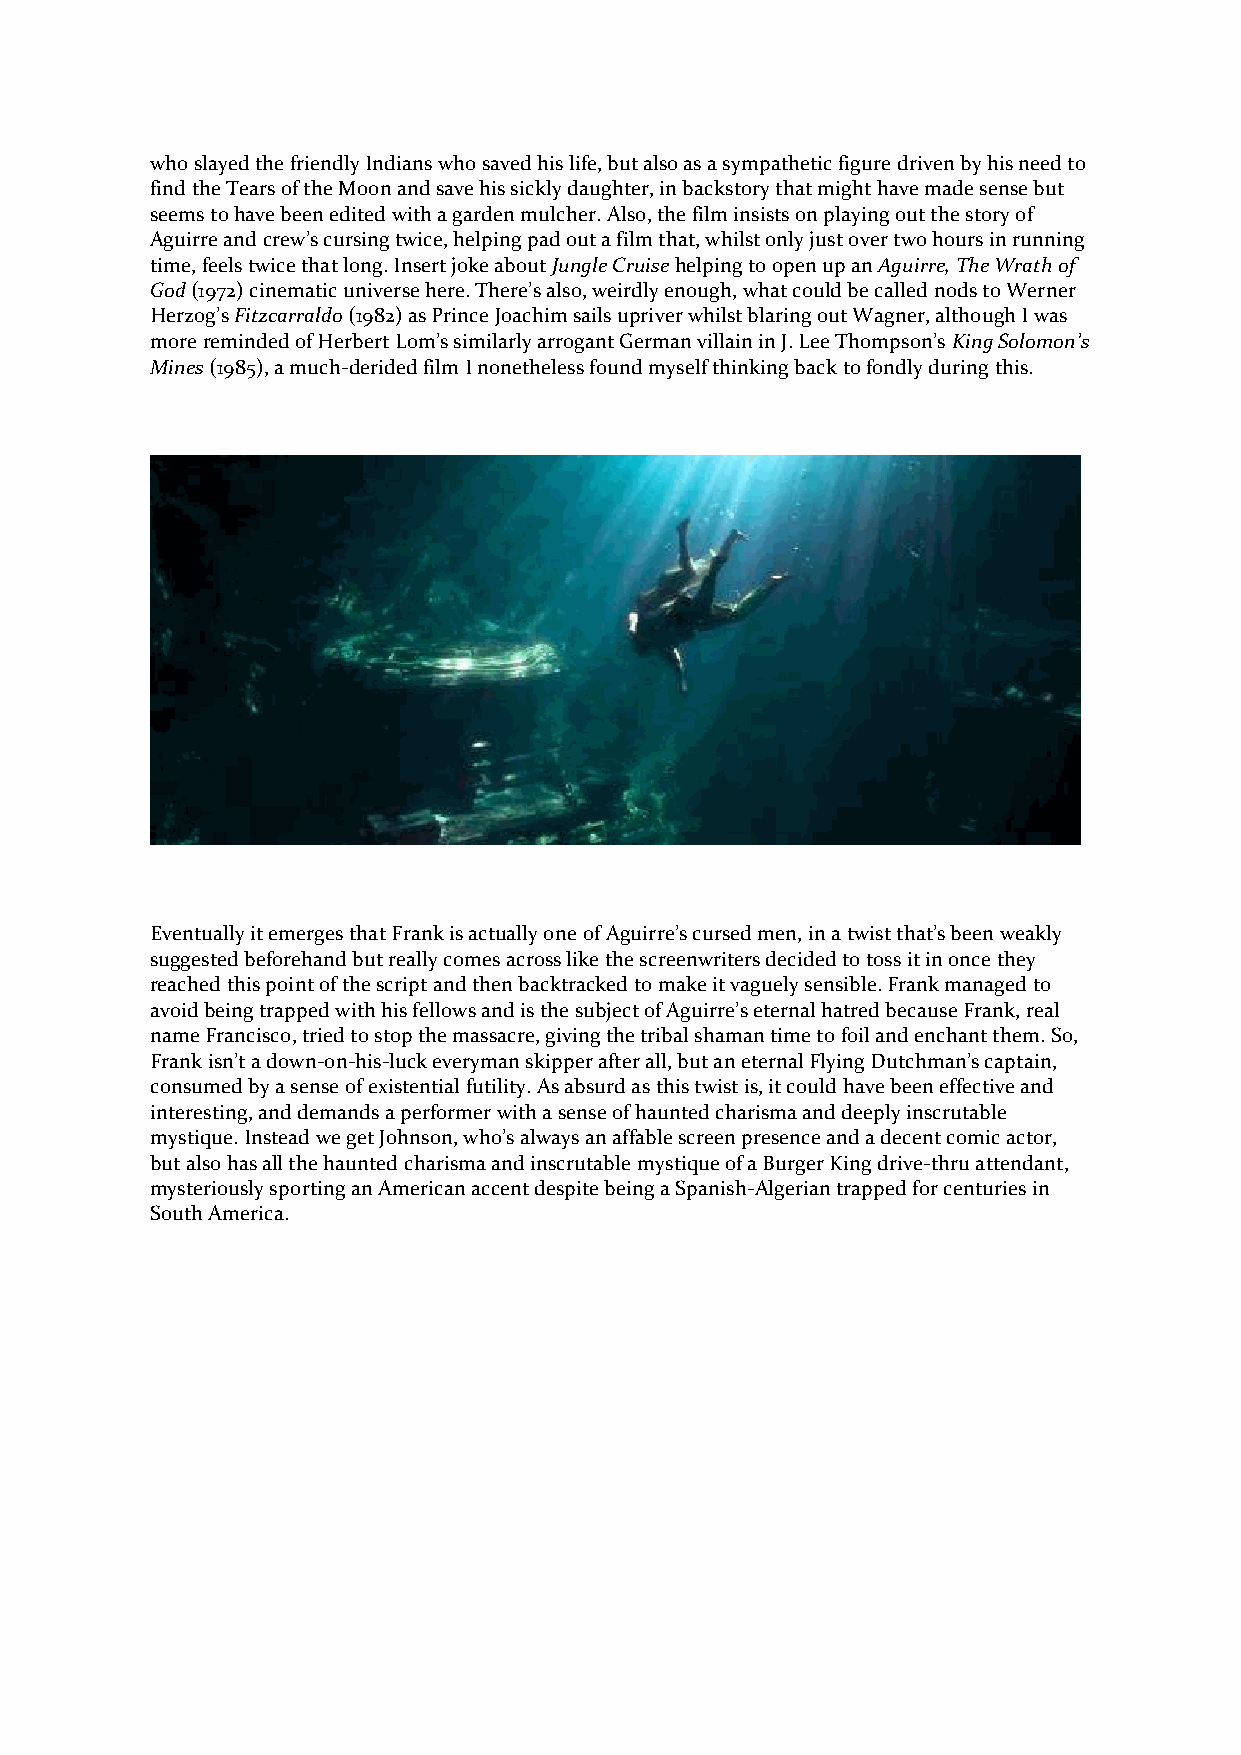
who slayed the friendly Indians who saved his life, but also as a sympathetic figure driven by his need to
 find the Tears of the Moon and save his sickly daughter, in backstory that might have made sense but
 seems to have been edited with a garden mulcher. Also, the film insists on playing out the story of
 Aguirre and crew’s cursing twice, helping pad out a film that, whilst only just over two hours in running
 time, feels twice that long. Insert joke about Jungle Cruise helping to open up an Aguirre, The Wrath of
 God (1972) cinematic universe here. There’s also, weirdly enough, what could be called nods to Werner
 Herzog’s Fitzcarraldo (1982) as Prince Joachim sails upriver whilst blaring out Wagner, although I was
 more reminded of Herbert Lom’s similarly arrogant German villain in J. Lee Thompson’s King Solomon’s
 Mines (1985), a much-derided film I nonetheless found myself thinking back to fondly during this.
 Eventually it emerges that Frank is actually one of Aguirre’s cursed men, in a twist that’s been weakly
 suggested beforehand but really comes across like the screenwriters decided to toss it in once they
 reached this point of the script and then backtracked to make it vaguely sensible. Frank managed to
 avoid being trapped with his fellows and is the subject of Aguirre’s eternal hatred because Frank, real
 name Francisco, tried to stop the massacre, giving the tribal shaman time to foil and enchant them. So,
 Frank isn’t a down-on-his-luck everyman skipper after all, but an eternal Flying Dutchman’s captain,
 consumed by a sense of existential futility. As absurd as this twist is, it could have been effective and
 interesting, and demands a performer with a sense of haunted charisma and deeply inscrutable
 mystique. Instead we get Johnson, who’s always an affable screen presence and a decent comic actor,
 but also has all the haunted charisma and inscrutable mystique of a Burger King drive-thru attendant,
 mysteriously sporting an American accent despite being a Spanish-Algerian trapped for centuries in
 South America.